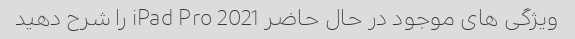
ویژگی های موجود در حال حاضر iPad Pro 2021 را شرح دهید